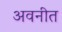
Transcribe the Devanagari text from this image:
अवनीत